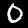
Label: 0